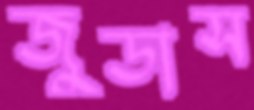
জুডাস